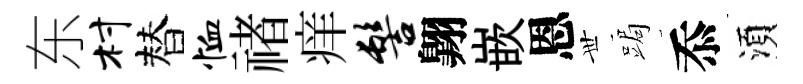
东村替恤禇痒髻翺嵌恩𠀍跼忝湏